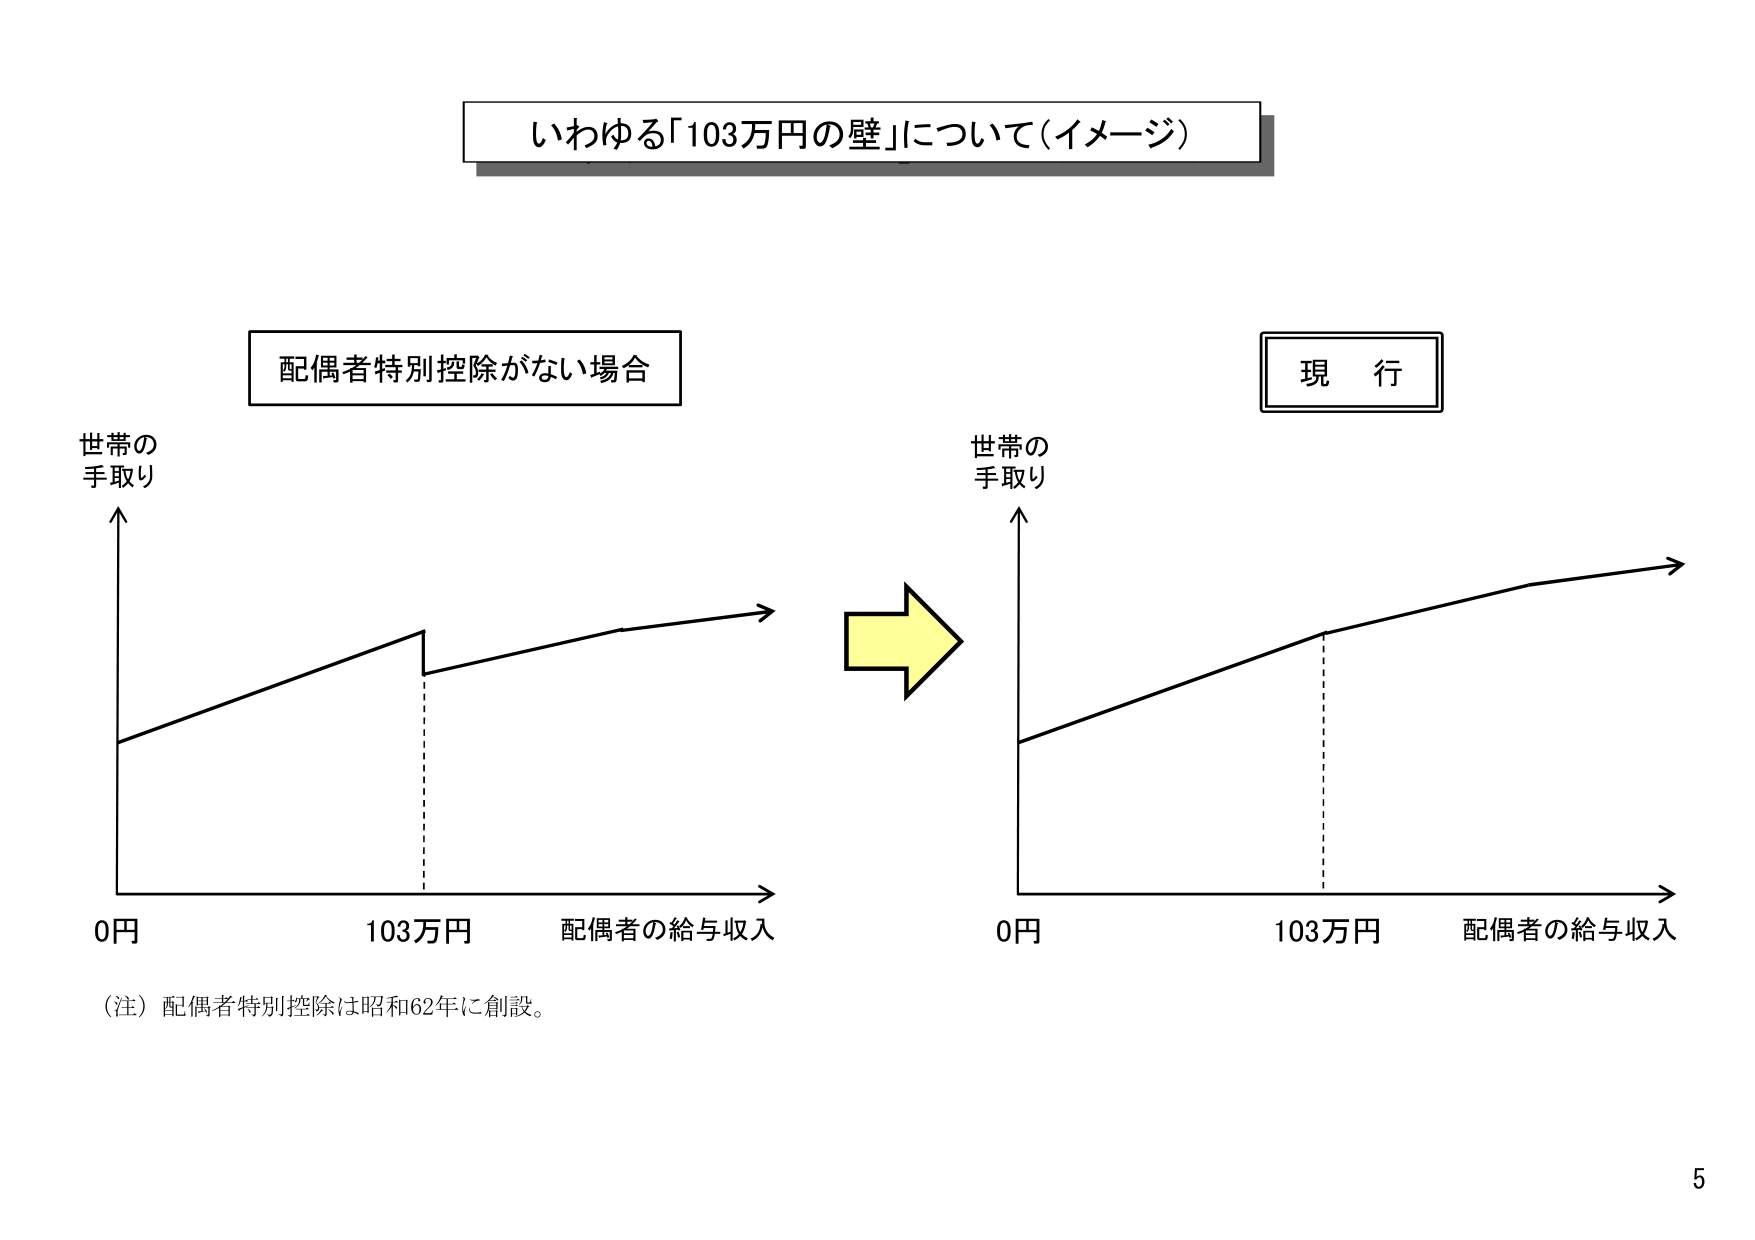
いわゆる「103万円の壁」について（イメージ）

配偶者特別控除がない場合

世帯の
手取り

0円
103万円
配偶者の給与収入

（注）配偶者特別控除は昭和62年に創設。

現 行

世帯の
手取り

0円
103万円
配偶者の給与収入

5